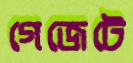
গেজেটে